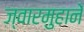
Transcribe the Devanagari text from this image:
ज्वारमुहानें